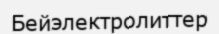
Бейэлектролиттер